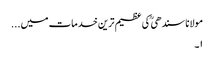
مولانا سندھی ؒ کی عظیم ترین خدمات میں...
۱۔